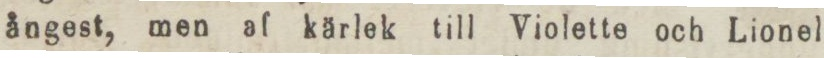
ångest, men af kärlek till Violette och Lionel